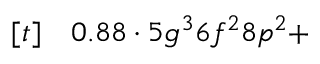
\begin{array} { r l } { [ t ] } & { { } 0 . 8 8 \cdot 5 g ^ { 3 } 6 f ^ { 2 } 8 p ^ { 2 } + } \end{array}